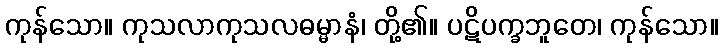
ကုန်သော။ ကုသလာကုသလဓမ္မာနံ၊ တို့၏။ ပဋိပက္ခဘူတေ၊ ကုန်သော။